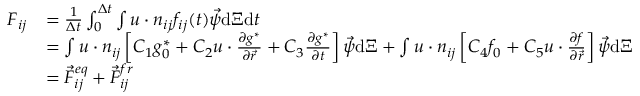
\begin{array} { r l } { \boldsymbol { F } _ { i j } } & { = \frac { 1 } { \Delta t } \int _ { 0 } ^ { \Delta t } \int \boldsymbol { u } \cdot \boldsymbol { n } _ { i j } f _ { i j } ( t ) { \vec { \psi } } \mathrm { d } \boldsymbol { \Xi } \mathrm { d } t } \\ & { = \int \boldsymbol { u } \cdot \boldsymbol { n } _ { i j } \left[ C _ { 1 } g _ { 0 } ^ { \ast } + C _ { 2 } \boldsymbol { u } \cdot \frac { \partial g ^ { \ast } } { \partial \vec { r } } + C _ { 3 } \frac { \partial g ^ { \ast } } { \partial t } \right] { \vec { \psi } } \mathrm { d } \boldsymbol { \Xi } + \int \boldsymbol { u } \cdot \boldsymbol { n } _ { i j } \left[ C _ { 4 } f _ { 0 } + C _ { 5 } \boldsymbol { u } \cdot \frac { \partial f } { \partial \vec { r } } \right] { \vec { \psi } } \mathrm { d } \boldsymbol { \Xi } } \\ & { = { \vec { F } } _ { i j } ^ { e q } + { \vec { F } } _ { i j } ^ { f r } } \end{array}